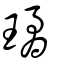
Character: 璚